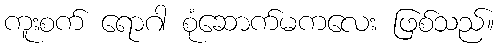
ကူးစက် ရောဂါ စုံဆောက်မကလေး ဖြစ်သည်။